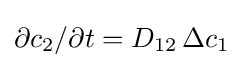
\partial c_{2}/\partial t=D_{12}\,\Delta c_{1}